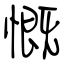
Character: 慨